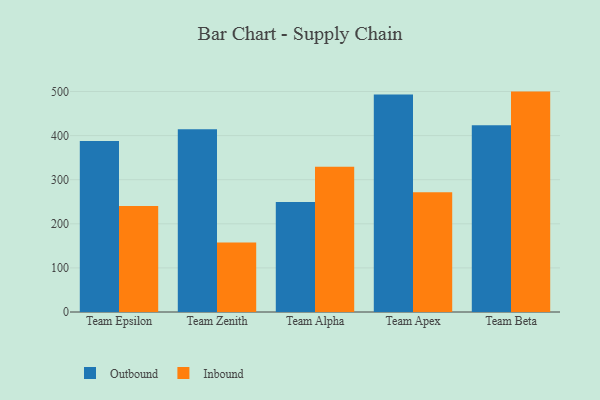
{"axis": {"x": "Team", "y": "Headcount"}, "legend": ["Inbound", "Outbound"], "data": [{"x": "Team Epsilon", "y": 387.9, "type": "Outbound"}, {"x": "Team Epsilon", "y": 240.5, "type": "Inbound"}, {"x": "Team Zenith", "y": 414.7, "type": "Outbound"}, {"x": "Team Zenith", "y": 157.4, "type": "Inbound"}, {"x": "Team Alpha", "y": 249.5, "type": "Outbound"}, {"x": "Team Alpha", "y": 329.3, "type": "Inbound"}, {"x": "Team Apex", "y": 493.3, "type": "Outbound"}, {"x": "Team Apex", "y": 271.6, "type": "Inbound"}, {"x": "Team Beta", "y": 423.6, "type": "Outbound"}, {"x": "Team Beta", "y": 499.8, "type": "Inbound"}]}